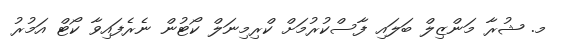
މ. ޝުރާ މަންޒިލް ބަލައި ފާސްކުރުމަށް ކްރިމިނަލް ކޯޓުން ނެރެފައިވާ ކޯޓް އަމުރު